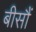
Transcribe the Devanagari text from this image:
बीसौं